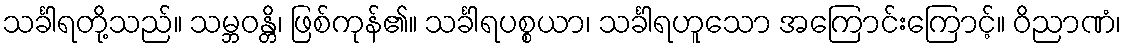
သင်္ခါရတို့သည်။ သမ္ဘဝန္တိ၊ ဖြစ်ကုန်၏။ သင်္ခါရပစ္စယာ၊ သင်္ခါရဟူသော အကြောင်းကြောင့်။ ဝိညာဏံ၊